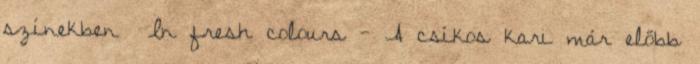
színekben In fresh colours - A csíkos kari már előbb